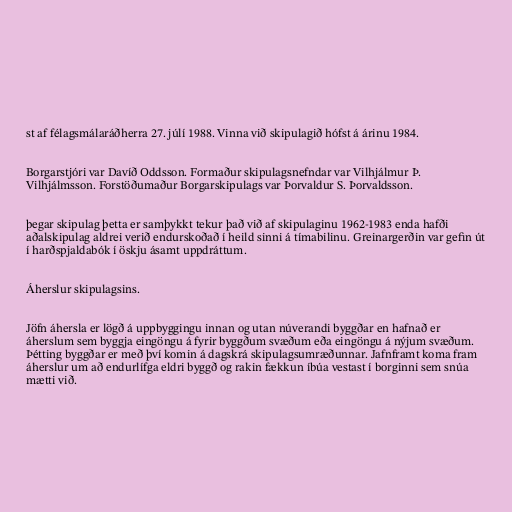
st af félagsmálaráðherra 27. júlí 1988. Vinna við skipulagið hófst á árinu 1984.

Borgarstjóri var Davíð Oddsson. Formaður skipulagsnefndar var Vilhjálmur Þ.
Vilhjálmsson. Forstöðumaður Borgarskipulags var Þorvaldur S. Þorvaldsson.

þegar skipulag þetta er samþykkt tekur það við af skipulaginu 1962-1983 enda hafði
aðalskipulag aldrei verið endurskoðað í heild sinni á tímabilinu. Greinargerðin var gefin út
í harðspjaldabók í öskju ásamt uppdráttum.

Áherslur skipulagsins.

Jöfn áhersla er lögð á uppbyggingu innan og utan núverandi byggðar en hafnað er
áherslum sem byggja eingöngu á fyrir byggðum svæðum eða eingöngu á nýjum svæðum.
Þétting byggðar er með því komin á dagskrá skipulagsumræðunnar. Jafnframt koma fram
áherslur um að endurlífga eldri byggð og rakin fækkun íbúa vestast í borginni sem snúa
mætti við.